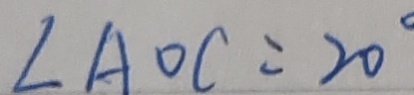
\angle A O C = 2 0 ^ { \circ }